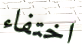
اختفاء